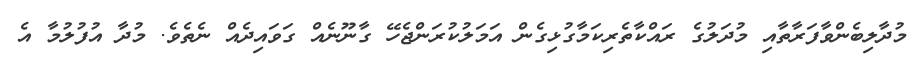
މުދާލިބެންވާފަރާތާއި މުދަލުގެ ރައްކާތެރިކަމާގުޅިގެން އަމަލުކުރަންޖެހޭ ގާނޫނެއް ގަވައިދެއް ނެތެވެ. މުދާ އުފުލުމާ އެ